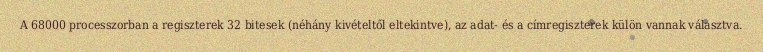
A 68000 processzorban a regiszterek 32 bitesek (néhány kivételtől eltekintve), az adat- és a címregiszterek külön vannak választva.